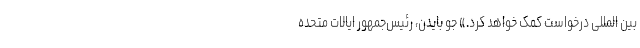
بین المللی درخواست کمک خواهد کرد.» جو بایدن، رئیس‌جمهور ایالات متحده